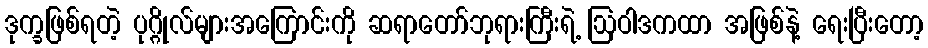
ဒုက္ခဖြစ်ရတဲ့ ပုဂ္ဂိုလ်များအကြောင်းကို ဆရာတော်ဘုရားကြီးရဲ့ ဩဝါဒကထာ အဖြစ်နဲ့ ရေးပြီးတော့